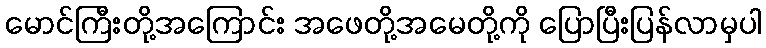
မောင်ကြီးတို့အကြောင်း အဖေတို့အမေတို့ကို ပြောပြီးပြန်လာမှပါ